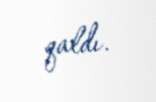
qaldı.